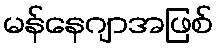
မန်နေဂျာအဖြစ်